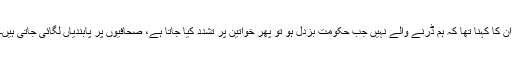
ان کا کہنا تھا کہ ہم ڈرنے والے نہیں جب حکومت بزدل ہو تو پھر خواتین پر تشدد کیا جاتا ہے، صحافیوں پر پابندیاں لگائی جاتی ہیں۔